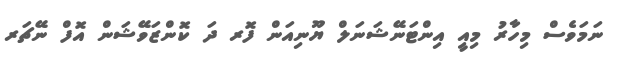
ނަމަވެސް މިހާރު މިއީ އިންޓަނޭޝަނަލް ޔޫނިއަން ފޮރ ދަ ކޮންޒަވޭޝަން އޮފް ނޭޗަރ